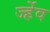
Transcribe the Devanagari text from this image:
र्ज्हेव